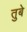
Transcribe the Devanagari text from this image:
तुबे